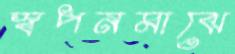
স্বপনমাঝে